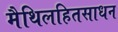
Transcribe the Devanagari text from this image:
मैथिलहितसाधन